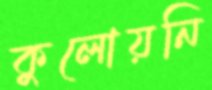
কুলোয়নি